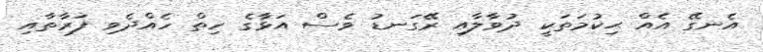
އެނގޭ އެއް ޙިކުމަތަކީ ދުވާލާއި ރޭގަނޑު ވެސް އަޅާގެ ހިތް ހެއްދެވި ފަރާތާއި